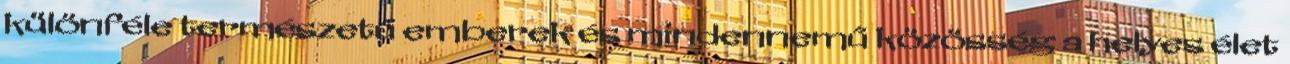
különféle természetű emberek és mindennemű közösség a helyes élet